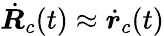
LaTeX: \dot{\boldsymbol{R}}_{c}(t)\approx\dot{\boldsymbol{r}}_{c}(t)